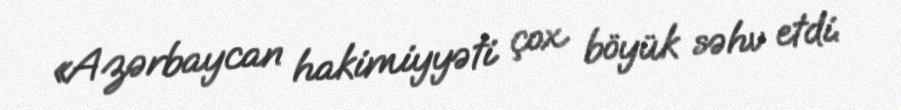
«Azərbaycan hakimiyyəti çox böyük səhv etdi.